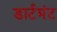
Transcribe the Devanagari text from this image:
डार्टमंट